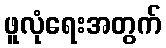
ဖူလုံရေးအတွက်